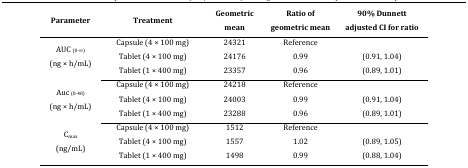
<table><thead><tr><td><b>Parameter</b></td><td><b>Treatment</b></td><td><b>Geometric mean</b></td><td><b>Ratio of geometric mean</b></td><td><b>90% Dunnett adjusted CI for ratio</b></td></tr></thead><tbody><tr><td rowspan="3">AUC <sub>(0-∞)</sub>(ng × h/mL)</td><td>Capsule (4 × 100 mg)</td><td>24321</td><td>Reference</td><td></td></tr><tr><td>Tablet (4 × 100 mg)</td><td>24176</td><td>0.99</td><td>(0.91, 1.04)</td></tr><tr><td>Tablet (1 × 400 mg)</td><td>23357</td><td>0.96</td><td>(0.89, 1.01)</td></tr><tr><td rowspan="3">Auc <sub>(0-48)</sub>(ng × h/mL)</td><td>Capsule (4 × 100 mg)</td><td>24218</td><td>Reference</td><td></td></tr><tr><td>Tablet (4 × 100 mg)</td><td>24003</td><td>0.99</td><td>(0.91, 1.04)</td></tr><tr><td>Tablet (1 × 400 mg)</td><td>23288</td><td>0.96</td><td>(0.89, 1.01)</td></tr><tr><td rowspan="3">C<sub>max</sub>(ng/mL)</td><td>Capsule (4 × 100 mg)</td><td>1512</td><td>Reference</td><td></td></tr><tr><td>Tablet (4 × 100 mg)</td><td>1557</td><td>1.02</td><td>(0.89, 1.05)</td></tr><tr><td>Tablet (1 × 400 mg)</td><td>1498</td><td>0.99</td><td>(0.88, 1.04)</td></tr></tbody></table>